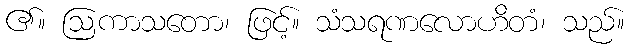
၏။ ဩကာသတော၊ ဖြင့်။ သံသရဏလောဟိတံ၊ သည်။